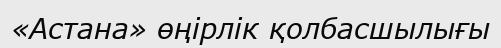
«Астана» өңірлік қолбасшылығы